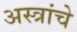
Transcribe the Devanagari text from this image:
अस्त्रांचे